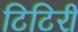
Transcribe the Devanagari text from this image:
टिटिरी